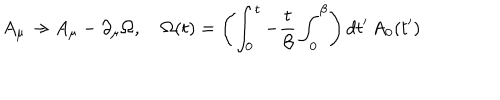
A _ { \mu } \rightarrow A _ { \mu } - \partial _ { \mu } \Omega , \quad \Omega ( t ) = \left( \int _ { 0 } ^ { t } - { \frac { t } { \beta } } \int _ { 0 } ^ { \beta } \right) d t ^ { \prime } \, A _ { 0 } ( t ^ { \prime } )